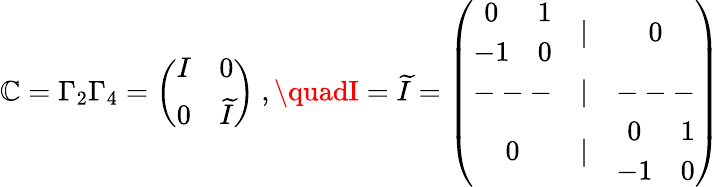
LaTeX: \mathbb{C}=\Gamma_{2}\Gamma_{4}=\left(\begin{array}{cc}{{I}}&{{0}}\\ {{0}}&{{\widetilde{I}}}\end{array}\right)\ ,\quadI=\widetilde{{I}}=\left(\begin{array}{ccc}{{\begin{array}{cc}{{0}}&{{1}}\\ {{-1}}&{{0}}\end{array}}}&{{|}}&{{0}}\\ {{---}}&{{|}}&{{---}}\\ {{0}}&{{|}}&{{\begin{array}{cc}{{0}}&{{1}}\\ {{-1}}&{{0}}\end{array}}}\end{array}\right)